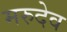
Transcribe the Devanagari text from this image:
मरुदेव